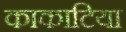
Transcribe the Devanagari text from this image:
काकाटिया